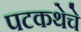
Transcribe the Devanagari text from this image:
पटकथेचे